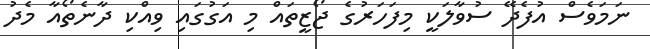
ނަމަވެސް އުފެދޭ ސުވާލަކީ މިފަހަރުގެ ޖޯޒީތައް މި އަގުގައި ވިއްކި ދާނެތޯއާ މެދު